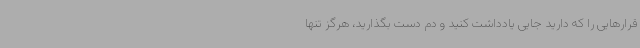
قرارهایی را که دارید جایی یادداشت کنید و دم دست بگذارید، هرگز تنها